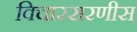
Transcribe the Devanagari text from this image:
विचारसरणीस